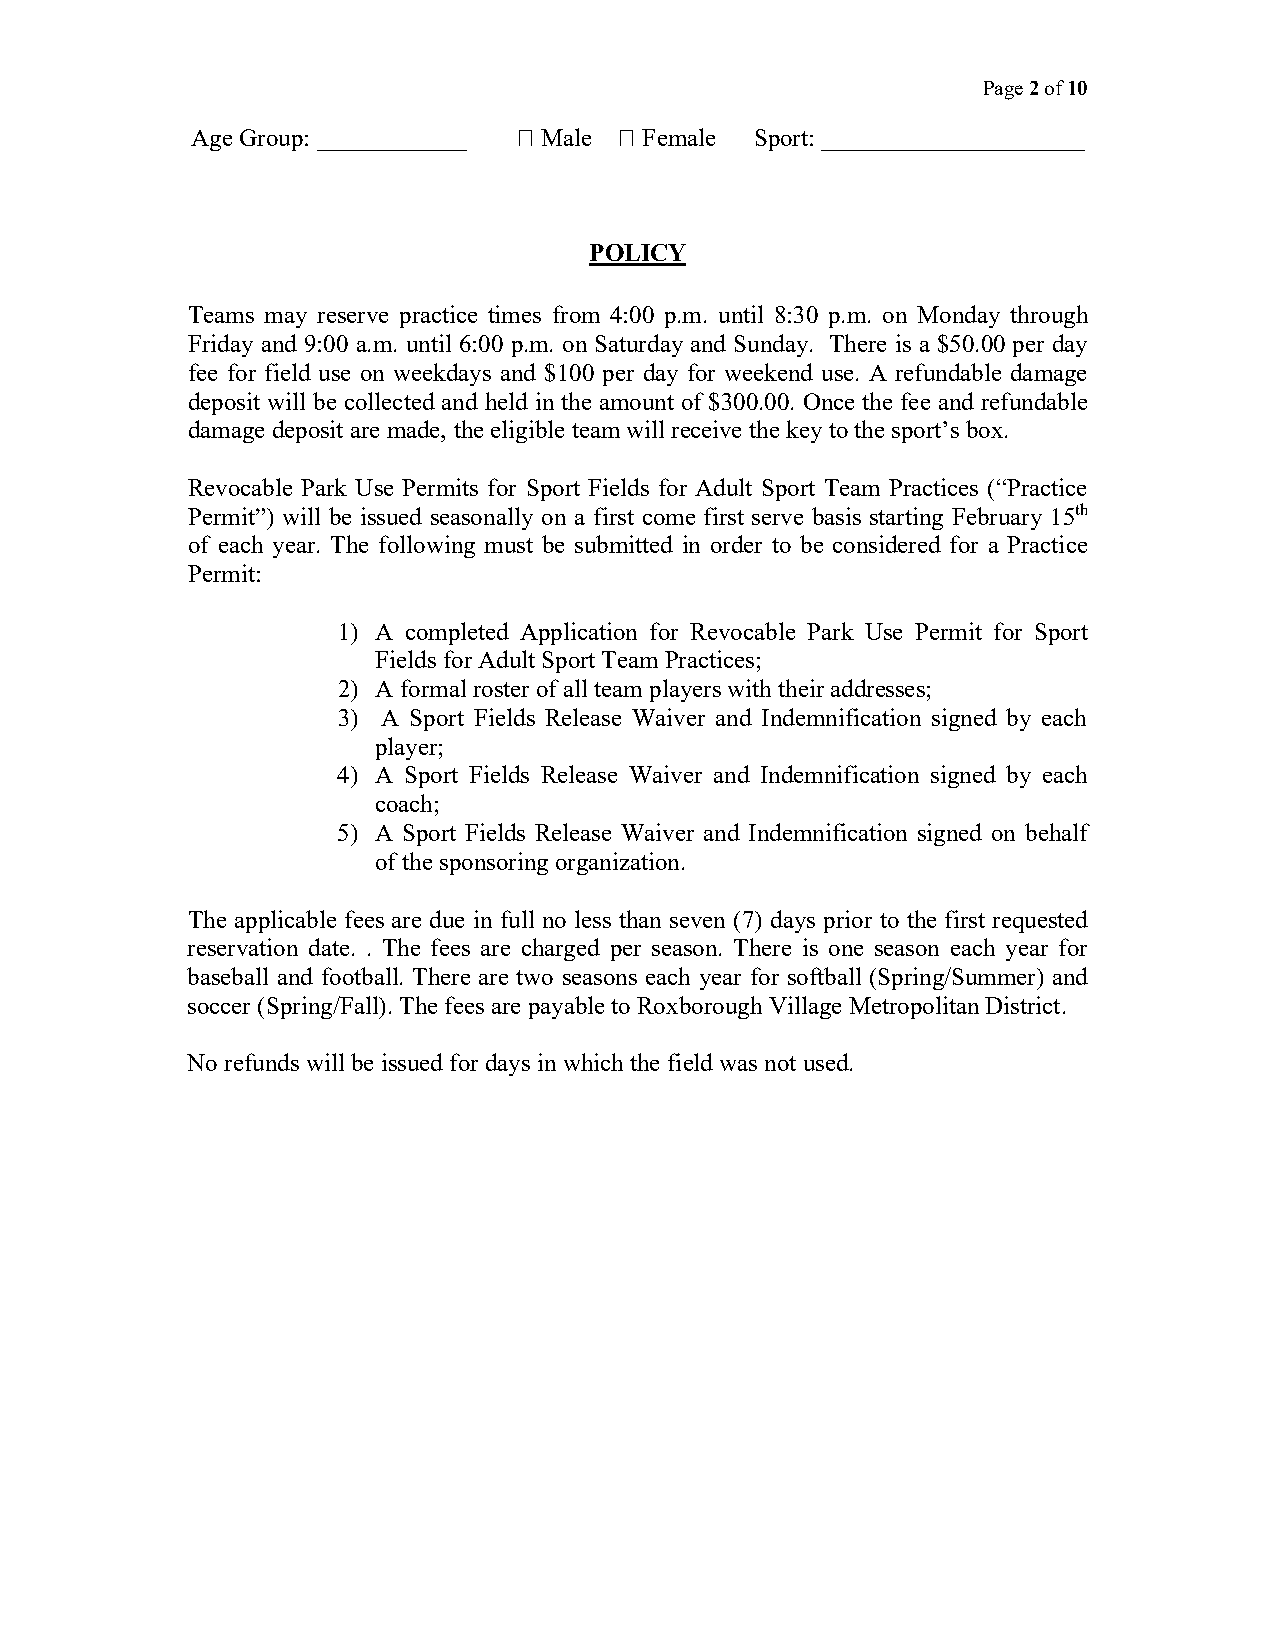
Page 2 of 10
 Age Group: ____________ ⁭ Male ⁭ Female Sport: _____________________
 POLICY
 Teams may reserve practice times from 4:00 p.m. until 8:30 p.m. on Monday through
 Friday and 9:00 a.m. until 6:00 p.m. on Saturday and Sunday. There is a $50.00 per day
 fee for field use on weekdays and $100 per day for weekend use. A refundable damage
 deposit will be collected and held in the amount of $300.00. Once the fee and refundable
 damage deposit are made, the eligible team will receive the key to the sport’s box.
 Revocable Park Use Permits for Sport Fields for Adult Sport Team Practices (“Practice
 Permit”) will be issued seasonally on a first come first serve basis starting February 15th
 of each year. The following must be submitted in order to be considered for a Practice
 Permit:
 1) A completed Application for Revocable Park Use Permit for Sport
 Fields for Adult Sport Team Practices;
 2) A formal roster of all team players with their addresses;
 3) A Sport Fields Release Waiver and Indemnification signed by each
 player;
 4) A Sport Fields Release Waiver and Indemnification signed by each
 coach;
 5) A Sport Fields Release Waiver and Indemnification signed on behalf
 of the sponsoring organization.
 The applicable fees are due in full no less than seven (7) days prior to the first requested
 reservation date. . The fees are charged per season. There is one season each year for
 baseball and football. There are two seasons each year for softball (Spring/Summer) and
 soccer (Spring/Fall). The fees are payable to Roxborough Village Metropolitan District.
 No refunds will be issued for days in which the field was not used.